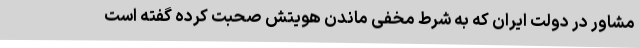
مشاور در دولت ایران که به شرط مخفی ماندن هویتش صحبت کرده گفته است